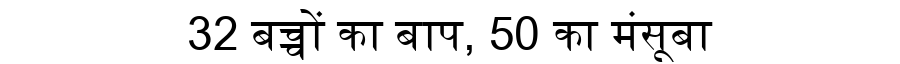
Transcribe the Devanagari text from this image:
32 बच्चों का बाप, 50 का मंसूबा